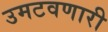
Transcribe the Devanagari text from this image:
उमटवणारी